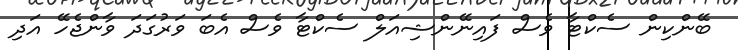
ބޭންކިން ސެކްޓާ ވެސް ފައިނޭންޝިއަލް ސެކްޓާ ވެސް އެބަ ވަރުގަދަ ވާންޖެހޭ އަދި